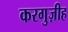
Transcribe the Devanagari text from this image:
करगुज़ीह